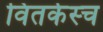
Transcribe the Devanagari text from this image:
वितर्कस्च